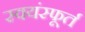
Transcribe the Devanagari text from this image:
स्वयंस्फूर्त